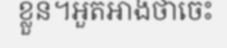
ខ្លួន។អួតអាងថាចេះ